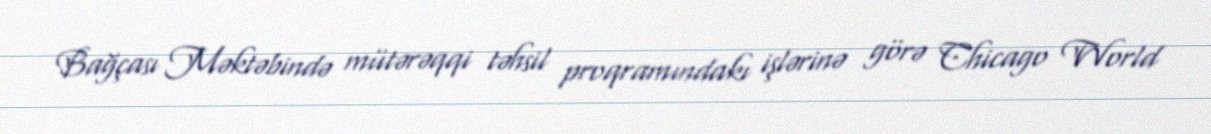
Bağçası Məktəbində mütərəqqi təhsil proqramındakı işlərinə görə Chicago World